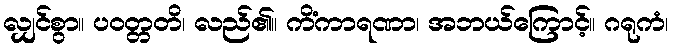
လျှင်စွာ။ ပဝတ္တတိ၊ လည်၏။ ကိံကာရဏာ၊ အဘယ်ကြောင့်။ ဂရုကံ၊